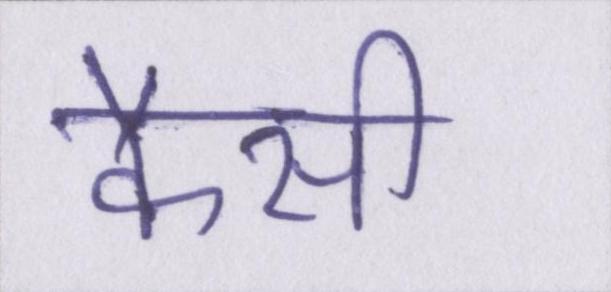
कैसी